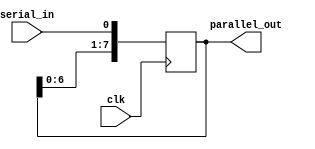
module serial_in_parallel_out (
  input serial_in,
  input clk,
  output reg [7:0] parallel_out
);

reg [7:0] shift_reg;

always @(posedge clk) begin
  // Shift data into the shift register
  shift_reg <= {shift_reg[6:0], serial_in};
end

// Output the parallel data
assign parallel_out = shift_reg;

endmodule